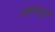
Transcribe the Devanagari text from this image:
अष्ठभुज